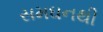
સમઘનથી